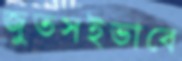
জুতসইভাবে